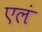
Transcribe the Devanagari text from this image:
एलं